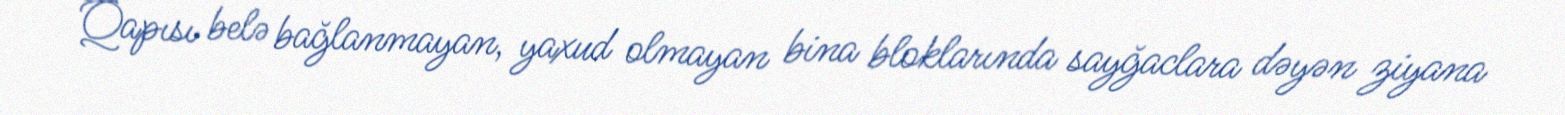
Qapısı belə bağlanmayan, yaxud olmayan bina bloklarında sayğaclara dəyən ziyana